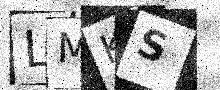
Text: LMKS